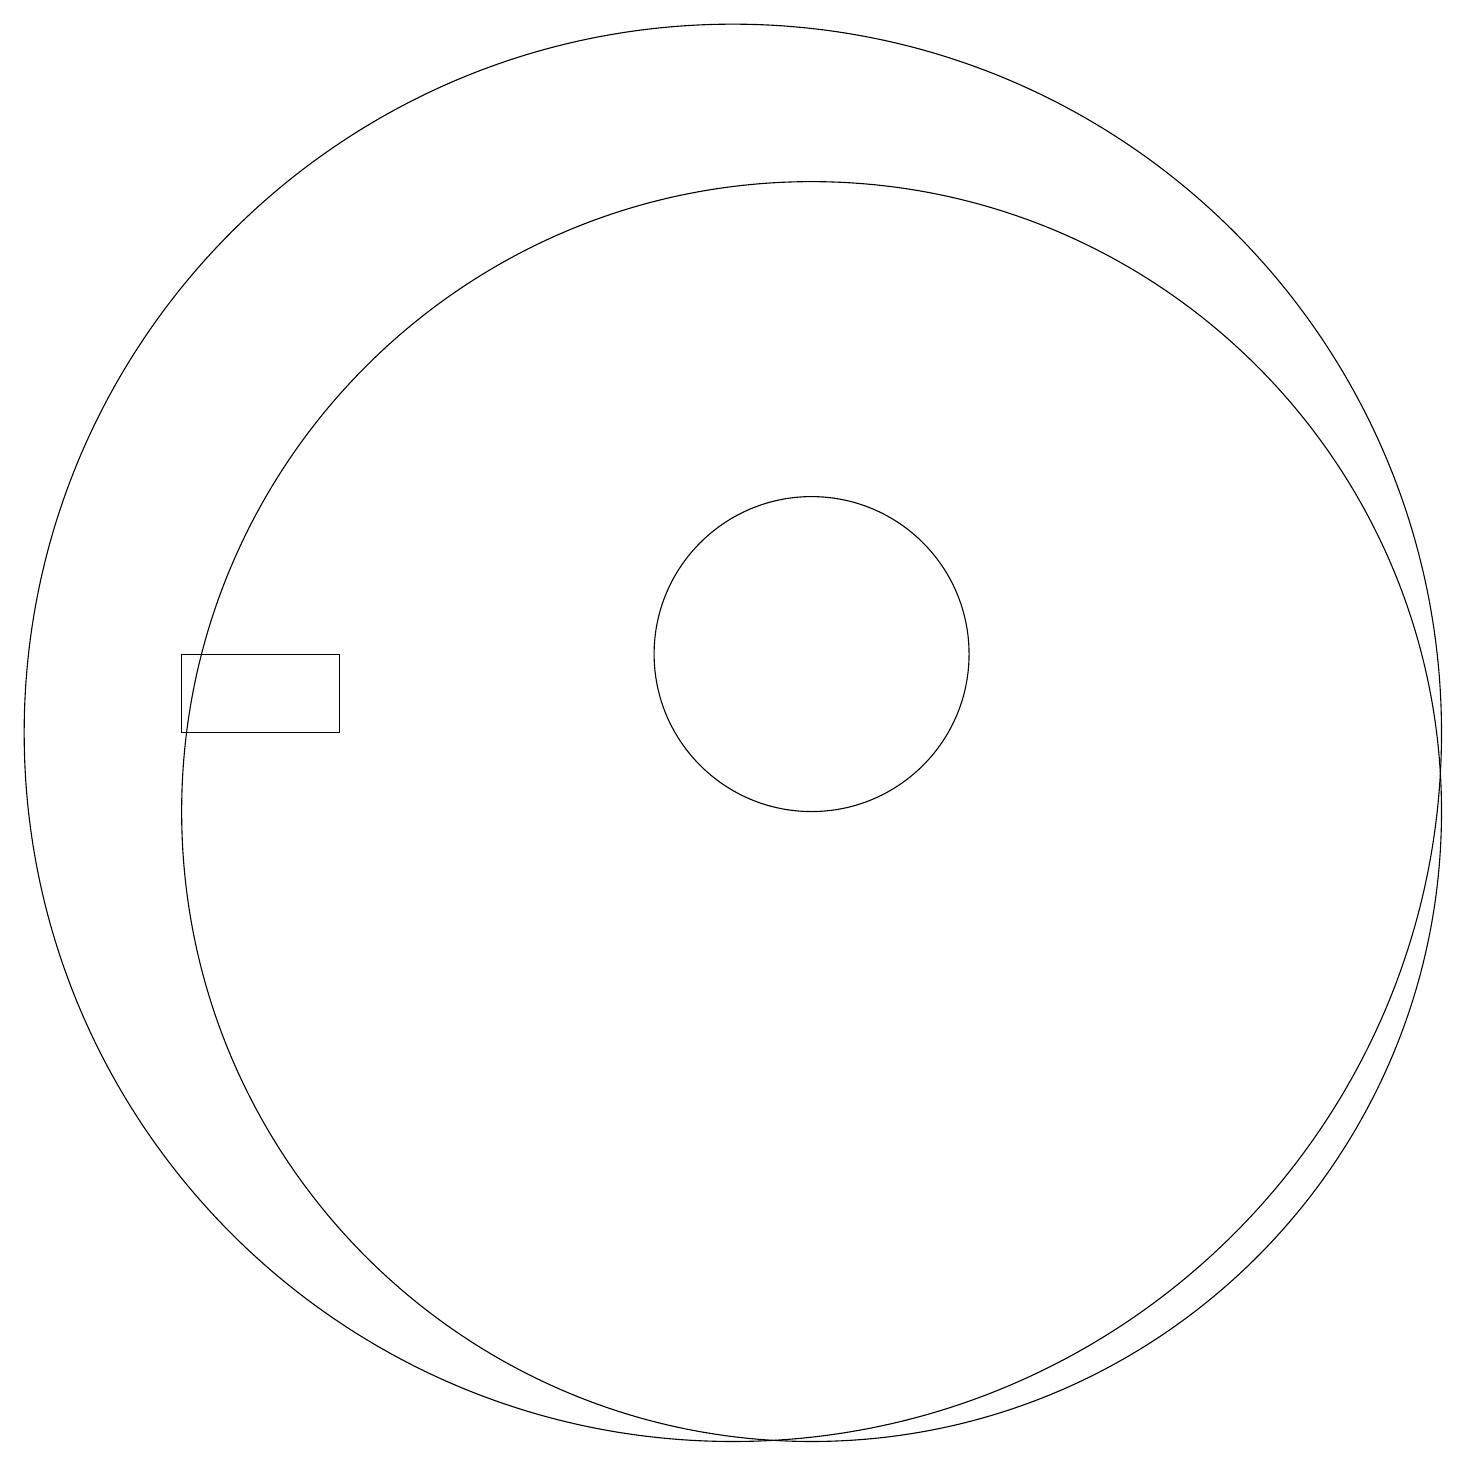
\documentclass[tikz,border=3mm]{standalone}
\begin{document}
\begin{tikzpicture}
\draw (10,11) circle (9);
\draw (11,10) circle (8);
\draw (11,12) circle (2);
\draw (5,11) rectangle (3,12);
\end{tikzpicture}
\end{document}